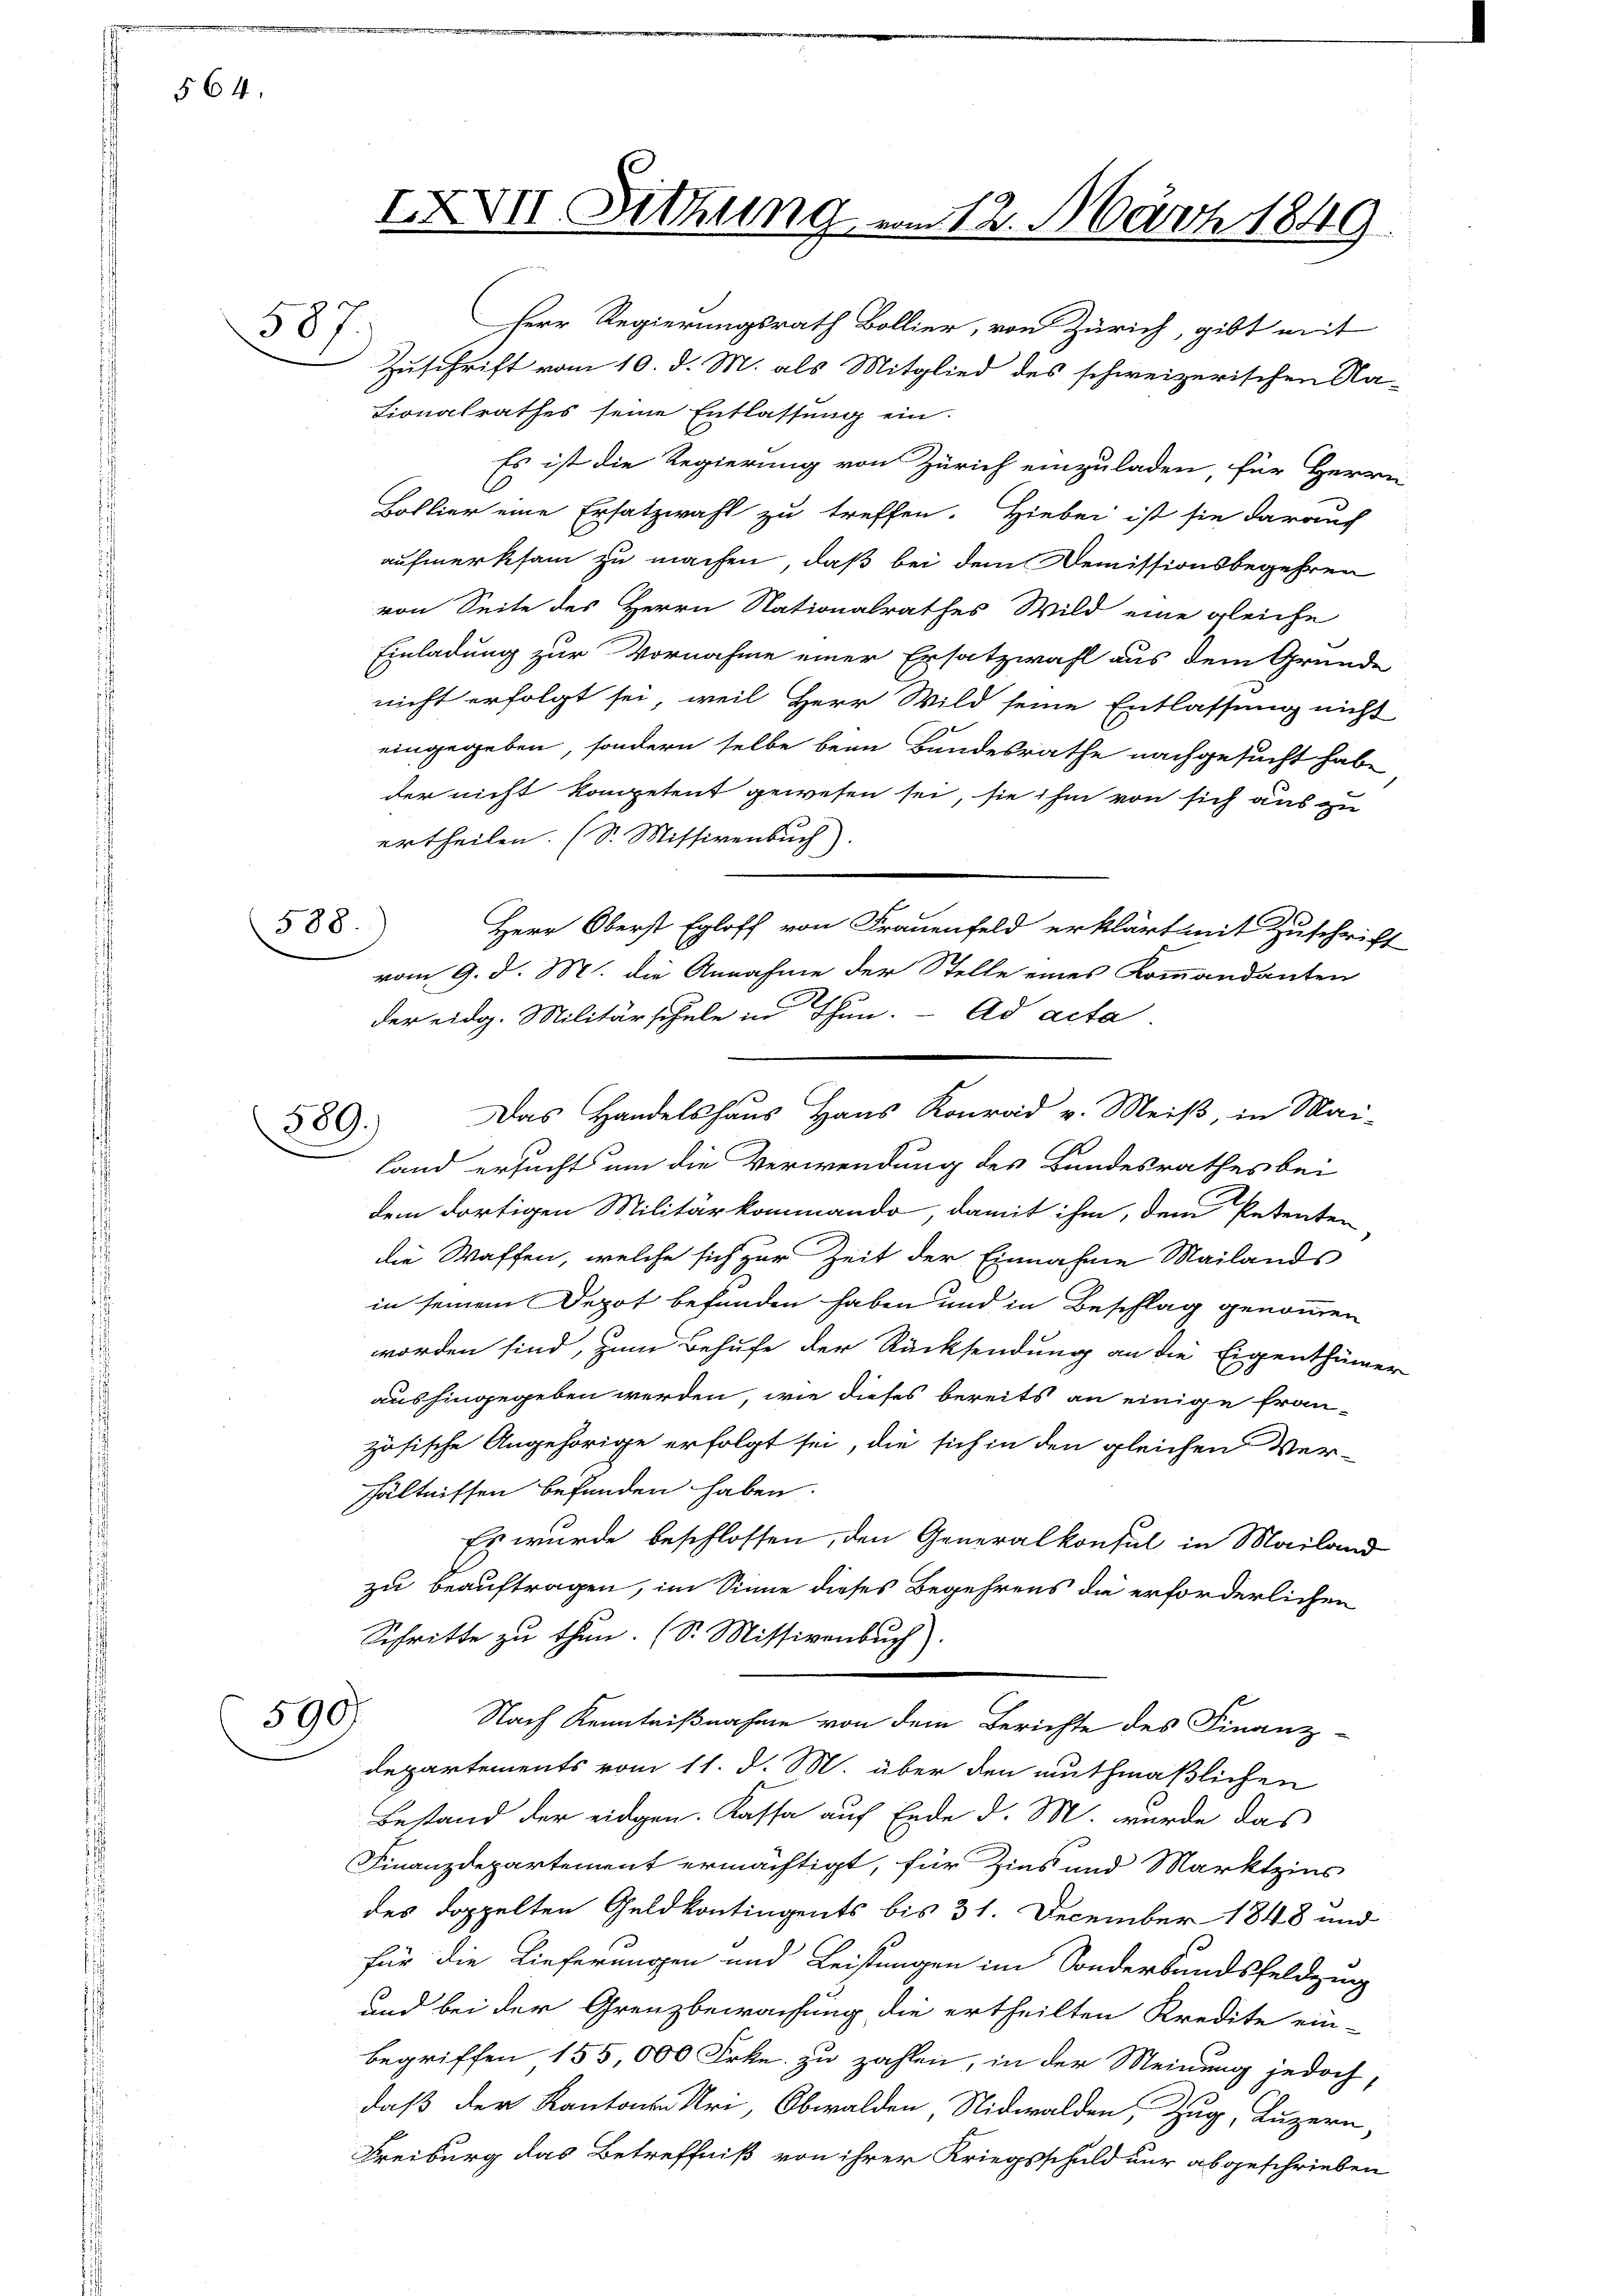
564.

587

588.

389.

XXVII Sitzung u.

Es ist die Regierung von Zürich einzuladen, für Herrn
Bollier eine Ersatzwahl zu treffen. Hiebei ist sie darauf
aufmerksam zu machen, daß bei dem Demissionsbegehren
von Seite des Herrn Nationalrathes Wild eine gleiche
Einladung zur Vornahme einer Ersatzwahl aus dem Grunde
nicht erfolgt sei, weil Herr Wild seine Entlassung nicht
eingegeben, sondern selbe beim Bandesrathe nachgesucht habe
der nicht kompetent gewesen sei, sie ihm von sich aus zu
ertheilen. (S. Missivenbuch)
Herr Oberst Egloff von Frauenfeld erklärt mit Zuschrift
vom 9. d. M. die Annahme der Stelle eines Kommandanten
der eidg. Militärschule in Thun. ad acta.
Land ersucht um die Verwendung des Bundesrathes bei
dem dortigen Militärkommando, damit ihm, dem Petenten
die Waffen, welche sich zur Zeit der Einnahme Mailands
in seinem Depot befunden haben und in Beschlag genommen
worden sind, zum Behufe der Rücksendung an die Eigenthümer
aushingegeben werden, wie dieses bereits an einige fran-
zösische Angehörige erfolgt sei, die sich in den gleichen Ver-
hhältnissen befunden haben.
Es wurde beschlossen, den Generalkonsul in Mailand
zu beauftragen, im Sinne dieses Begehrens die erforderlichen
Schritte zu thun. (S. Missivenbuch)
590
Nach Kenntnißnahme von dem Berichte des Finanz-
Departements vom 11. d. M. über den muthmaßlichen
Bestand der eidgen. Kassa auf Ende d. M. wurde das
Finanzdepartement ermächtigt, für Zins und Marktzins
des doppelten Geldkontingents bis 31. December 1848 und
für die Lieferungen und Leistungen im Sonderbundsfeldzug
und bei der Grenzbewachung die ertheilten Kredite ein-
begriffen 155,000 Frkn. zu zahlen, in der Meinung jedoch,
daß der Kantonen Uri, Obwalden, Nidwalden, Zug, Luzern,
Freiburg das Betreffniß von ihrer Kriegsschuld nur abgeschrieben

Herr Regierungsrath Bollier, von Zürich, gibt mit
Zuschrift vom 10. d. M. als Mitglied des schweizerischen Na¬
Lionalrathes seine Entlassung ein-

Das Handelshaus Haus Konrad v. Meiß, in Mai-

212. März 1849.